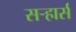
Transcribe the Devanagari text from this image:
सऱ्हार्स